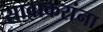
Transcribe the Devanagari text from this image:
सावाकरांना